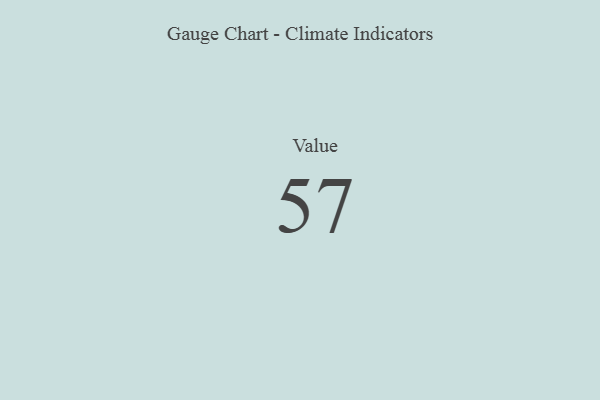
{"axis": {"x": "Metric", "y": "Value"}, "legend": [""], "data": [{"x": "Value", "y": 57, "type": ""}]}